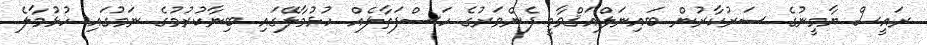
ރައީސް ޔާމީނުގެ ސަރުކާރުން ބައިނަލްއަޤްވާމީ ފެންވަރުގެ ހަސްފަތާލެއް ހުޅުމާލޭގައި ބިނާކުރުމުގެ ނަމުގައި ހުޅުމާލެ